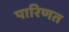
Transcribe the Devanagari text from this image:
पारिणत